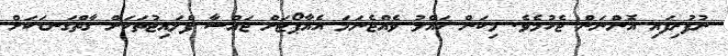
ނުފުރިފައި އޮންނަން ޖެހުމެވެ. މިކަން ހައްލު ވެއްޖެނަމަ އެއާޕޯޓަށް ޖައްސާ ފްލައިޓުތަކަށް ގާތްގަނޑަކަށް